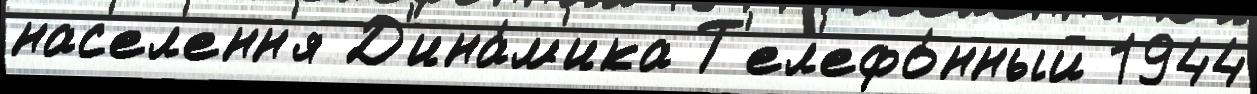
нас'ел'енн'я Д'ина́м'ика Т'ел'ефо́нный 1944